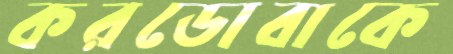
করডোবাকে